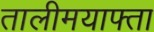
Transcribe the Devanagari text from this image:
तालीमयाफ्ता